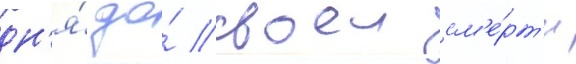
дн'я́ до́ своеи см'е́рт'и